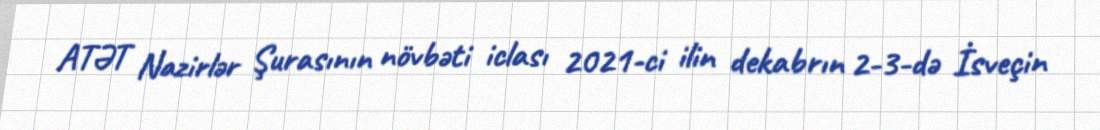
ATƏT Nazirlər Şurasının növbəti iclası 2021-ci ilin dekabrın 2-3-də İsveçin